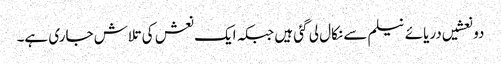
دو نعشیں دریائے نیلم سے نکال لی گئی ہیں جبکہ ایک نعش کی تلاش جاری ہے۔